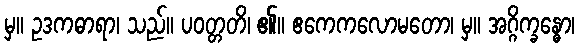
မှ။ ဥဒကဓာရာ၊ သည်။ ပဝတ္တတိ၊ ၏။ ဧကေကလောမတော၊ မှ။ အဂ္ဂိက္ခန္ဓော၊